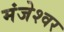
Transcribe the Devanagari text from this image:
मंजेश्वर